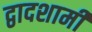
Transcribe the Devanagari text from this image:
द्वादशामी